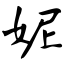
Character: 妮